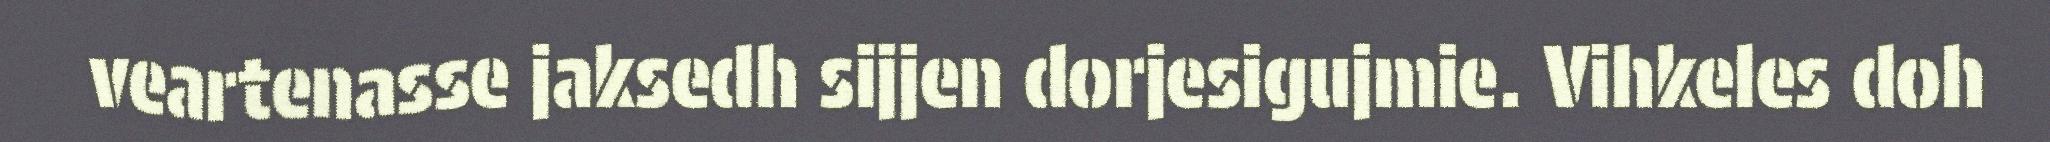
veartenasse jaksedh sijjen dorjesigujmie. Vihkeles doh